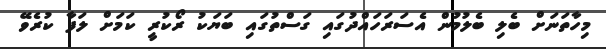
މިހާތަނަށް ބެލި ބެލުމުން އެސަރަހައްދުގައި ގަސްތުގައި ބަޔަކު ރޯކުރީ ކަމަށް ލަފާ ކުރެވޭ